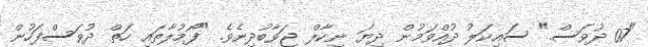
"07 ދުވަސް." ސައިކަލު ދުއްވަމުން ދިޔަ ނިކާލް ޖަވާބުދިނެވެ. "ފޯމުލާތައި ހަތް ދުވަސްފަހުން